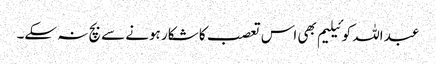
عبد اللہ کوئیلیم بھی اس تعصب کا شکار ہونے سے بچ نہ سکے۔